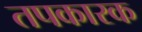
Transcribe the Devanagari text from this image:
तपकारक